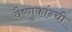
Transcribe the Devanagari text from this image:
वैष्णुकांन्ची